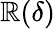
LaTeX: \mathbb{R}(\delta)